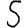
Digit: 5